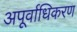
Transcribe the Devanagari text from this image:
अपूर्वाधिकरण